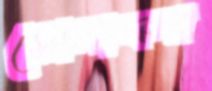
সোনাফর